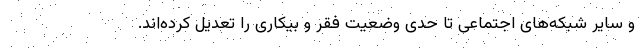
و سایر شبکه‌های اجتماعی تا حدی وضعیت فقر و بیکاری را تعدیل کرده‌اند.